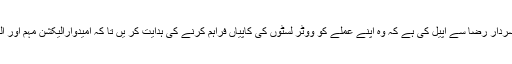
21 جون2018ء) عوامی مسلم لیگ کے سربراہ شیخ رشید احمد نے چیف الیکشن کمشنر سردار رضا سے اپیل کی ہے کہ وہ اپنے عملے کو ووٹر لسٹوں کی کاپیاں فراہم کرنے کی ہدایت کر یں تا کہ امیدوارالیکشن مہم اور الیکشن میں پولنگ ایجنٹس ،پولنگ کیمپس کے لئے معاونین کے کی ذمہ دارایاں لگا سکیں۔